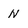
Character: N